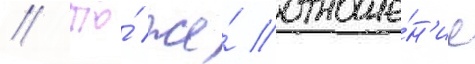
// То́ же́ отноше́н'ие